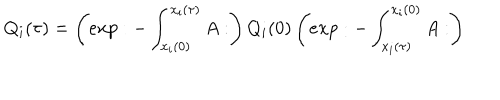
LaTeX: Q _ { i } ( \tau ) = \left( e x p : - \int _ { x _ { i } ( 0 ) } ^ { x _ { i } ( \tau ) } A : \right) Q _ { i } ( 0 ) \left( e x p : - \int _ { x _ { i } ( \tau ) } ^ { x _ { i } ( 0 ) } A : \right)